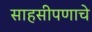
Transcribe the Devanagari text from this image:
साहसीपणाचे